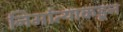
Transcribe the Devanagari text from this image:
निर्मात्याकडून